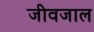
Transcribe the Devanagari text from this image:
जीवजाल